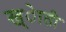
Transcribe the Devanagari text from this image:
ख्ेाती